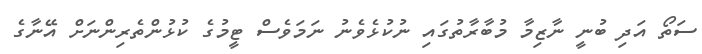
ސަތޯ އަދި ބުނީ ނާޒިމާ މުބާރާތުގައި ނުކުޅެވެނު ނަމަވެސް ޓީމުގެ ކުޅުންތެރިންނަށް އޭނާގެ